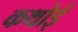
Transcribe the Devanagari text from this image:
कथोई